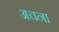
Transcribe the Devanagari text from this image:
अचना